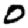
Digit: 0